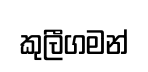
කුලීගමන්